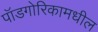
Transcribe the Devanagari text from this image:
पॉडगोरिकामधील